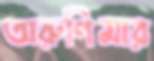
অরুণিমার